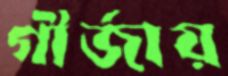
গীর্জায়